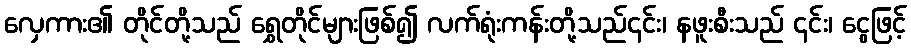
လှေကား၏ တိုင်တို့သည် ရွှေတိုင်များဖြစ်၍ လက်ရုံးကန်းတို့သည်၎င်း၊ နဖူးစီးသည် ၎င်း၊ ငွေဖြင့်